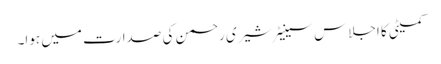
کمیٹی کا اجلاس سینیٹر شیری رحمن کی صدارت میں ہوا۔